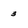
Character: 3